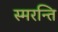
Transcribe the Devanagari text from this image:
स्मरन्ति